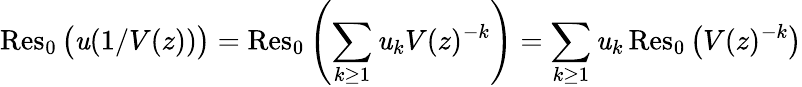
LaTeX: \operatorname{Res}_{0}{\big(}\mathit{u}(1/V(z)){\big)}=\operatorname{Res}_{0}\left(\sum_{k\geq1}\mathit{u}_{k}V(z)^{-k}\right)=\sum_{k\geq1}\mathit{u}_{k}\operatorname{Res}_{0}{\big(}V(z)^{-k}{\big)}